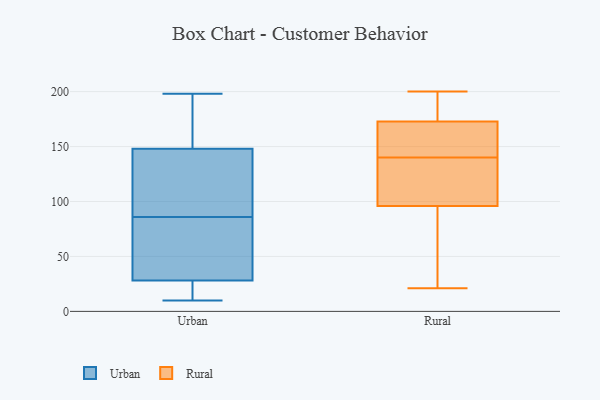
{"axis": {"x": "Inventory Turnover", "y": "Value"}, "legend": ["Rural", "Urban"], "data": [{"x": "", "y": 198, "type": "Urban"}, {"x": "", "y": 47, "type": "Urban"}, {"x": "", "y": 87, "type": "Urban"}, {"x": "", "y": 24, "type": "Urban"}, {"x": "", "y": 173, "type": "Urban"}, {"x": "", "y": 155, "type": "Urban"}, {"x": "", "y": 86, "type": "Urban"}, {"x": "", "y": 34, "type": "Urban"}, {"x": "", "y": 121, "type": "Urban"}, {"x": "", "y": 166, "type": "Urban"}, {"x": "", "y": 26, "type": "Urban"}, {"x": "", "y": 127, "type": "Urban"}, {"x": "", "y": 18, "type": "Urban"}, {"x": "", "y": 77, "type": "Urban"}, {"x": "", "y": 10, "type": "Urban"}, {"x": "", "y": 140, "type": "Rural"}, {"x": "", "y": 177, "type": "Rural"}, {"x": "", "y": 178, "type": "Rural"}, {"x": "", "y": 140, "type": "Rural"}, {"x": "", "y": 157, "type": "Rural"}, {"x": "", "y": 173, "type": "Rural"}, {"x": "", "y": 21, "type": "Rural"}, {"x": "", "y": 87, "type": "Rural"}, {"x": "", "y": 200, "type": "Rural"}, {"x": "", "y": 111, "type": "Rural"}, {"x": "", "y": 172, "type": "Rural"}, {"x": "", "y": 91, "type": "Rural"}, {"x": "", "y": 56, "type": "Rural"}, {"x": "", "y": 152, "type": "Rural"}, {"x": "", "y": 119, "type": "Rural"}]}